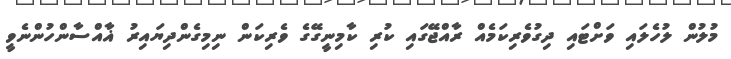
މުލުން ލުހެލައި ވަށްޓައި ދިގުވެރިކަމެއް ރާއްޖޭގައި ކުރި ކާމިނީގޭގެ ވެރިކަން ނިމިގެންދިޔައިރު ޣާއްސާންހުންނެވީ